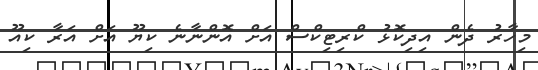
މިހާރު ދެން އިދިކޮޅު ކްރިޓިކްސް އަށް އޮންނާނެ ކިޔޫ އަށް އަރާ ކިއޫ